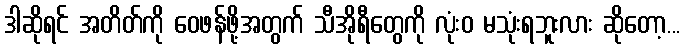
ဒါဆိုရင် အတိတ်ကို ဝေဖန်ဖို့အတွက် သီအိုရီတွေကို လုံးဝ မသုံးရဘူးလား ဆိုတော့...